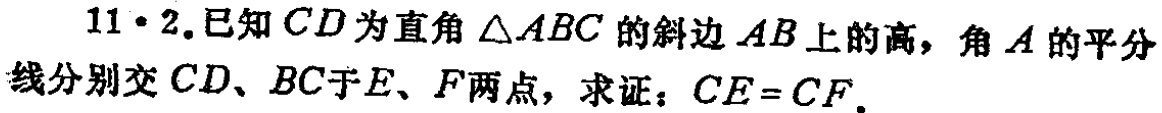
11·2.已知\(CD\)为直角\(\triangle ABC\)的斜边\(AB\)上的高，角\(A\)的平分线分别交\(CD\)、\(BC\)于\(E\)、\(F\)两点，求证：\(CE = CF\).